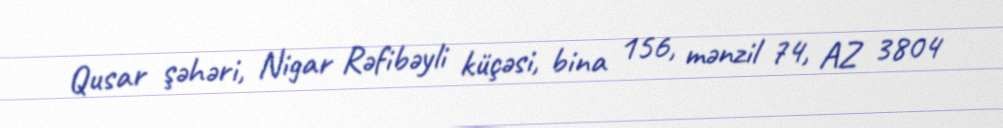
Qusar şəhəri, Nigar Rəfibəyli küçəsi, bina 156, mənzil 74, AZ 3804